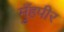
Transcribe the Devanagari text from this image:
मुँहपीर